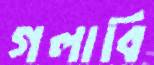
গলাবি